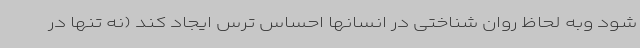
شود وبه لحاظ روان شناختی در انسانها احساس ترس ایجاد کند (نه تنها در